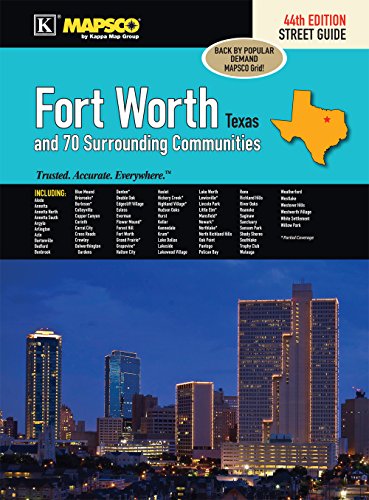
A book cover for Fort Worth, TX Street Guide; Kappa Map Group; Travel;